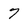
Character: 7